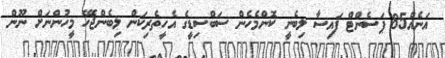
އަނެއް85 ޕަސެންޓް ފައިސާ ލިބެނީ ކޮންމެހެން ސަބްސިޑީގެ އެހީތެރިކަން ލިބެންޖެހޭ މީހުންނަށް ނޫން